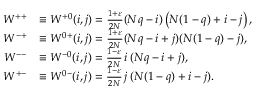
\begin{array} { r l } { W ^ { + + } } & { \equiv W ^ { + 0 } ( i , j ) = \frac { 1 + \varepsilon } { 2 N } ( N q - i ) \left( N ( 1 - q ) + i - j \right) , } \\ { W ^ { - + } } & { \equiv W ^ { 0 + } ( i , j ) = \frac { 1 + \varepsilon } { 2 N } ( N q - i + j ) ( N ( 1 - q ) - j ) , } \\ { W ^ { -- } } & { \equiv W ^ { - 0 } ( i , j ) = \frac { 1 - \varepsilon } { 2 N } \thinspace i \thinspace ( N q - i + j ) , } \\ { W ^ { + - } } & { \equiv W ^ { 0 - } ( i , j ) = \frac { 1 - \varepsilon } { 2 N } \thinspace j \thinspace ( N ( 1 - q ) + i - j ) . } \end{array}